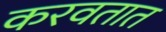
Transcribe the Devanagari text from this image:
करवतात